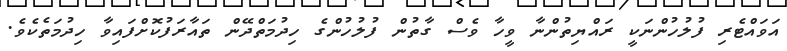
އަވައްޓެރި ފުލުހުންނަކީ ރައްޔިތުންނާ ވީހާ ވެސް ގާތުން ފުލުހުންގެ ހިދުމަތްދޭން ތައާރަފުކޮށްފައިވާ ހިދުމަތެކެވެ.